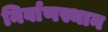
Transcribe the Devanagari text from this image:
निर्वाणस्थान